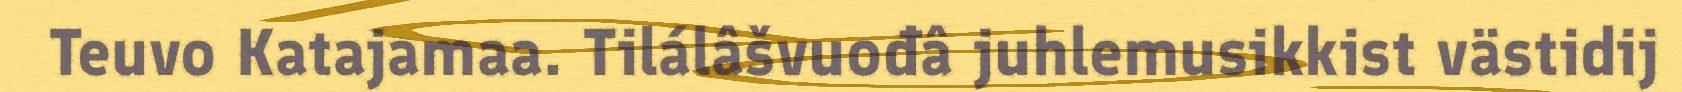
Teuvo Katajamaa. Tilálâšvuođâ juhlemusikkist västidij